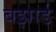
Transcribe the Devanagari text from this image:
बझार्ड